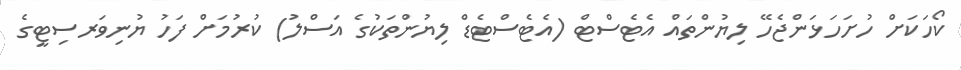
ކޯހަކަށް ހުށަހަޅަންޖެހޭ ލިޔުންތައް އެޓެސްޓް (އެޓެސްޓެޑް ލިޔުންތަކުގެ އަސްލު) ކުރުމަށް ފަހު ޔުނިވަރސިޓީގެ